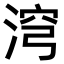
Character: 𣶆